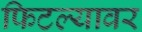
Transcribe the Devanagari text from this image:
फिटल्यावर